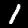
Digit: 1